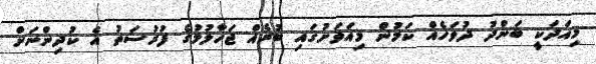
މިއަދަކީ ބަންދު ދުވަހެއް ކަމުން މިއަވަށުގައި ބުރެއް ޖަހާލުމުގެ ފުރުސަތު އެ ކުދިންނަށް